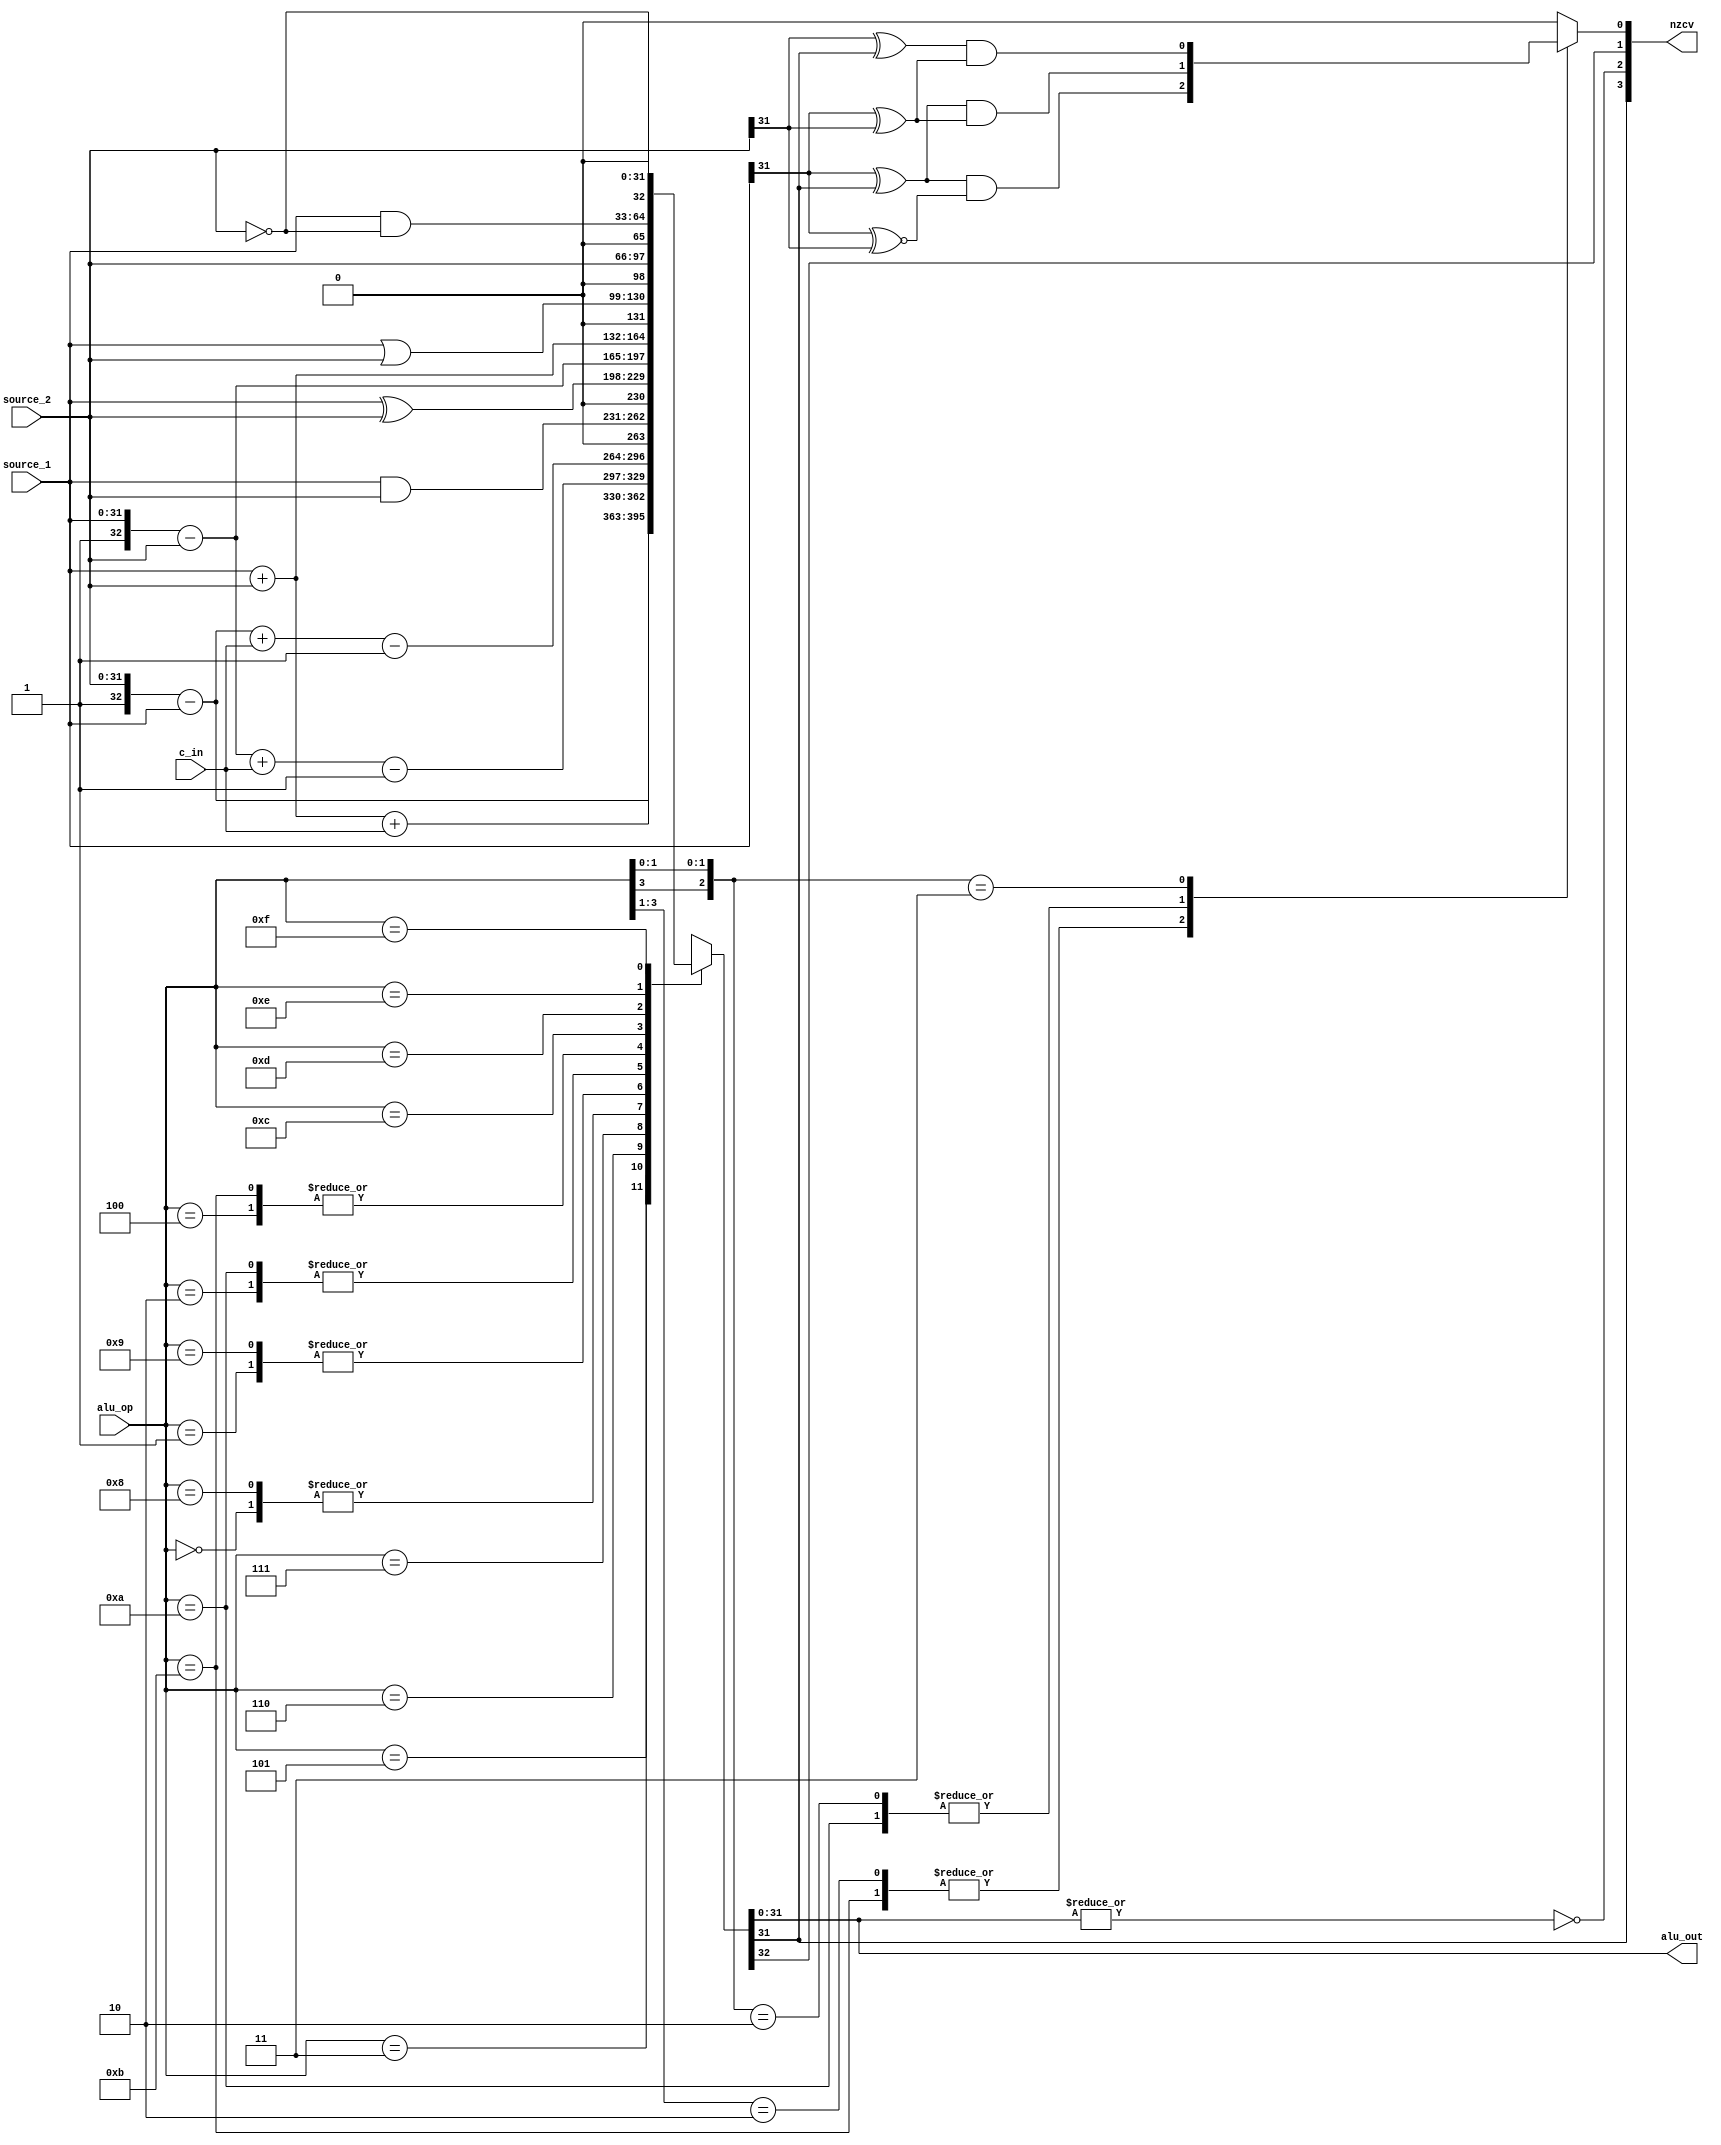
module alu(source_1, source_2, alu_op, c_in, nzcv, alu_out);
	input [31:0] source_1, source_2;
	input [3:0] alu_op;
	input c_in;
	output [3:0] nzcv;
	output reg [31:0] alu_out;
	reg c, v;

	// A carry occurs:
	//  if the result of an addition is greater than or equal to 2^32
	//  if the result of a subtraction is positive or zero (*)
	//  as the result of an inline barrel shifter operation in a move or logical instruction.

	always@(*)
		case (alu_op)
			4'b0000: {c, alu_out} = {1'b0, source_1 & source_2};								// AND
			4'b0001: {c, alu_out} = {1'b0, source_1 ^ source_2};								// EOR
			4'b0010: {c, alu_out} = {1'b1, source_1} - {1'b0, source_2}; 						// SUB
			4'b0011: {c, alu_out} = {1'b1, source_2} - {1'b0, source_1};						// RSB
			4'b0100: {c, alu_out} = {1'b0, source_1} + {1'b0, source_2};						// ADD
			4'b0101: {c, alu_out} = {1'b0, source_1} + {1'b0, source_2} + {32'b0, c_in};		// ADC
			4'b0110: {c, alu_out} = {1'b1, source_1} - {1'b0, source_2} + {32'b0, c_in} - 33'b1;// SBC
			4'b0111: {c, alu_out} = {1'b1, source_2} - {1'b0, source_1} + {32'b0, c_in} - 33'b1;// RSC
			4'b1000: {c, alu_out} = {1'b0, source_1 & source_2};								// TST
			4'b1001: {c, alu_out} = {1'b0, source_1 ^ source_2};								// TEQ
			4'b1010: {c, alu_out} = {1'b1, source_1} - {1'b0, source_2};						// CMP
			4'b1011: {c, alu_out} = {1'b0, source_1} + {1'b0, source_2};						// CMN
			4'b1100: {c, alu_out} = {1'b0, source_1 | source_2};								// OR
			4'b1101: {c, alu_out} = {1'b0, source_2};											// MOV
			4'b1110: {c, alu_out} = {1'b0, source_1 & ~source_2};								// BIC
			4'b1111: {c, alu_out} = {1'b0, ~source_2};											// MVN
        endcase

    always@(*)
        casex(alu_op)
			// Operand1 + Operand2: 0100 0101 1011				=> 010x 1011
			// Operand1 - Operand2: 0010 0110 1010				=> 0x10 1010
			// Operand2 - Operand1: 0011 0111					=> 0x11
			// Logic: 0000 0001 1000 1001 1100 1101 1110 1111 	=> x00x 11xx (default)
			4'b010x, 4'b1011: v = (source_1[31] ^ alu_out[31]) & (source_1[31] ^~ source_2[31]);
			4'b0x10, 4'b1010: v = (source_1[31] ^ alu_out[31]) & (source_1[31] ^  source_2[31]);
			4'b0x11:		  v = (source_2[31] ^ alu_out[31]) & (source_2[31] ^  source_1[31]);
			default: v = 1'b0;
        endcase
		
    assign nzcv = {alu_out[31], ~(|alu_out), c, v};
endmodule